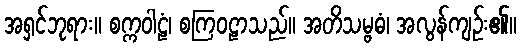
အရှင်ဘုရား။ စက္ကဝါဠံ၊ စကြဝဠာသည်။ အတိသမ္ဗဓံ၊ အလွန်ကျဉ်း၏။